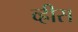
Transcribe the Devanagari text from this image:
व्ह्रीस